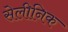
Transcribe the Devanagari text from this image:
सेलीनिक